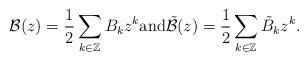
LaTeX: \begin{align*} \mathcal{B}(z) = \frac{1}{2} \sum_{k \in \mathbb{Z}} B_{k} z^{k} \mbox{and} \tilde{\mathcal{B}}(z) = \frac{1}{2} \sum_{k \in \mathbb{Z}} \tilde{B}_{k} z^{k} . \end{align*}